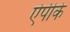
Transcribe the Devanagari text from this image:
ऐपीके